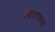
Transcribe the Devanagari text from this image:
अंपायरअसद